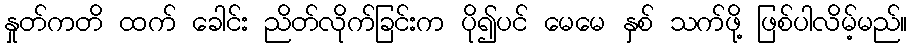
နှုတ်ကတိ ထက် ခေါင်း ညိတ်လိုက်ခြင်းက ပို၍ပင် မေမေ နှစ် သက်ဖို့ ဖြစ်ပါလိမ့်မည်။